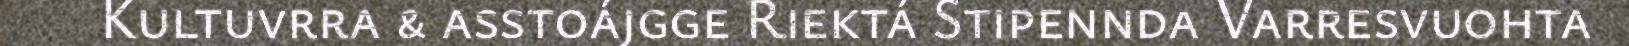
Kultuvrra & asstoájgge Riektá Stipennda Varresvuohta